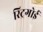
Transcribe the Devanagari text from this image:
स्ट्रिगोई